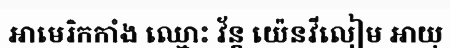
អាមេរិកកាំង ឈ្មោះ វ័ន្ត យ៉េនវីលៀម អាយុ